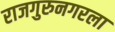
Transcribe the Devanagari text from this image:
राजगुरुनगरला